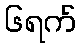
၆ရက်